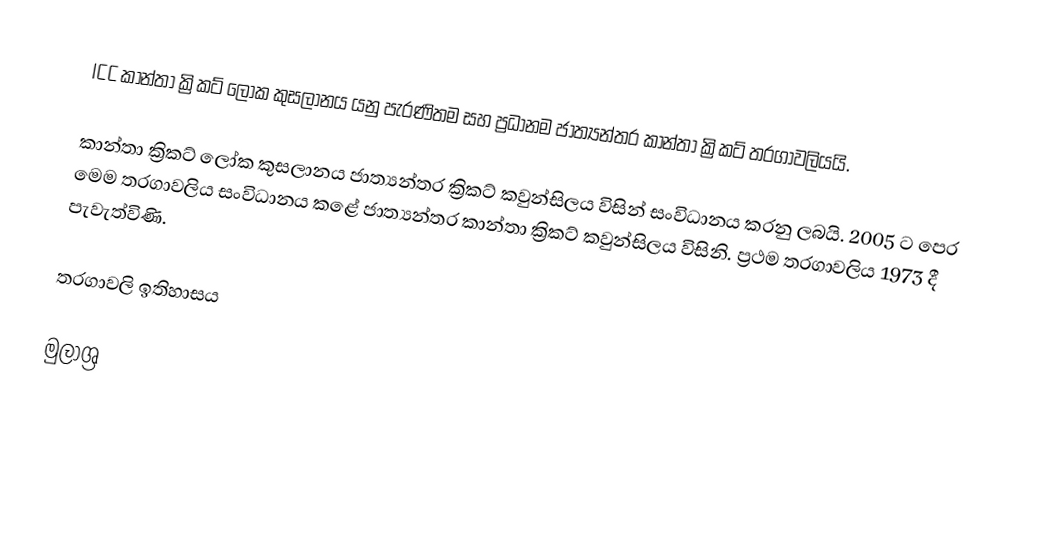
ICC කාන්තා ක්‍රිකට් ලෝක කුසලානය යනු පැරණිතම සහ ප්‍රධානම ජාත්‍යන්තර කාන්තා ක්‍රිකට් තරගාවලියයි.

කාන්තා ක්‍රිකට් ලෝක කුසලානය ජාත්‍යන්තර ක්‍රිකට් කවුන්සිලය විසින් සංවිධානය කරනු ලබයි. 2005 ට පෙර මෙම තරගාවලිය සංවිධානය කළේ ජාත්‍යන්තර කාන්තා ක්‍රිකට් කවුන්සිලය විසිනි. ප්‍රථම තරගාවලිය 1973 දී පැවැත්විණි.

තරගාවලි ඉතිහාසය

මුලාශ්‍ර